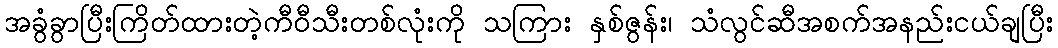
အခွံခွာပြီးကြိတ်ထားတဲ့ကီဝီသီးတစ်လုံးကို သကြား နှစ်ဇွန်း၊ သံလွင်ဆီအစက်အနည်းငယ်ချပြီး